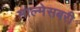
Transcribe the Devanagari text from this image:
माल्मेसबरी